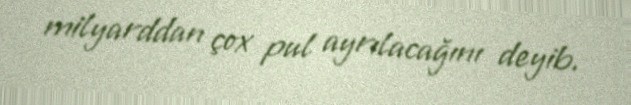
milyarddan çox pul ayrılacağını deyib.